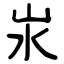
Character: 汖